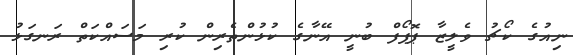
ނިއުގެ ކޯޗު ވެލީޒާ ޕޮޕޯފް ބުނީ އޭނާގެ ކުޅުންތެރިން ކުރި މަސައްކަތް ރަނގަޅު